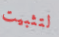
لتثبيت